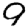
Digit: 9